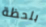
بلحظة